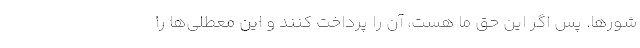
شورها. پس اگر این حق ما هست، آن را پرداخت کنند و این معطلی‌ها را